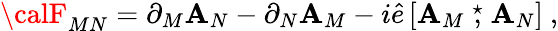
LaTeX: {\calF}_{MN}=\partial_{M}{\cal\mathbf{A}}_{N}-\partial_{N}{\cal\mathbf{A}}_{M}-i\hat{{e}}\left[{\cal\mathbf{A}}_{M}\stackrel{\star}{,}{\cal\mathbf{A}}_{N}\right]\ ,